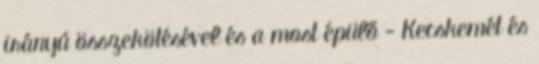
irányú összekötésével és a most épülő - Kecskemét és